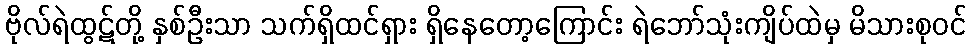
ဗိုလ်ရဲထွဋ်တို့ နှစ်ဦးသာ သက်ရှိထင်ရှား ရှိနေတော့ကြောင်း ရဲဘော်သုံးကျိပ်ထဲမှ မိသားစုဝင်